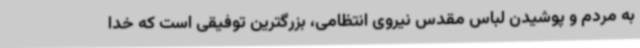
به مردم و پوشیدن لباس مقدس نیروی انتظامی، بزرگترین توفیقی است که خدا